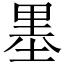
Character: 𱗐